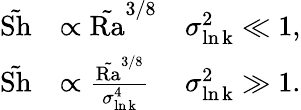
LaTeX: \begin{array}{rlr}{\tilde{\mathrm{Sh}}}&{\propto\tilde{\mathrm{Ra}}^{3/8}}&{\sigma_{\mathrm{\ln k}}^{2}\ll 1,}\\ {\tilde{\mathrm{Sh}}}&{\propto\frac{\tilde{\mathrm{Ra}}^{3/8}}{\sigma_{\mathrm{\ln k}}^{4}}}&{\sigma_{\mathrm{\ln k}}^{2}\gg 1.}\end{array}